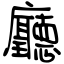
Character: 廳